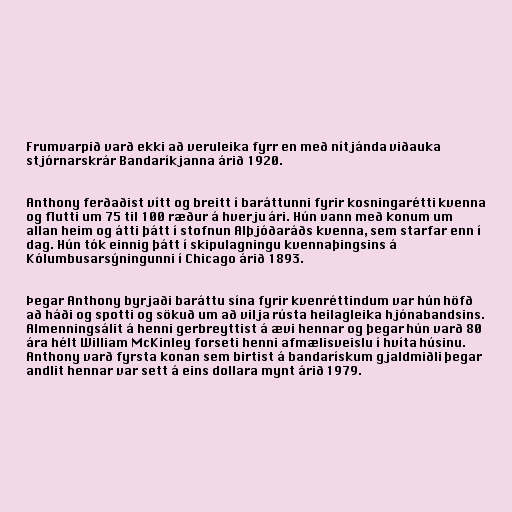
Frumvarpið varð ekki að veruleika fyrr en með nítjánda viðauka
stjórnarskrár Bandaríkjanna árið 1920.

Anthony ferðaðist vítt og breitt í baráttunni fyrir kosningarétti kvenna
og flutti um 75 til 100 ræður á hverju ári. Hún vann með konum um
allan heim og átti þátt í stofnun Alþjóðaráðs kvenna, sem starfar enn í
dag. Hún tók einnig þátt í skipulagningu kvennaþingsins á
Kólumbusarsýningunni í Chicago árið 1893.

Þegar Anthony byrjaði baráttu sína fyrir kvenréttindum var hún höfð
að háði og spotti og sökuð um að vilja rústa heilagleika hjónabandsins.
Almenningsálit á henni gerbreyttist á ævi hennar og þegar hún varð 80
ára hélt William McKinley forseti henni afmælisveislu í hvíta húsinu.
Anthony varð fyrsta konan sem birtist á bandarískum gjaldmiðli þegar
andlit hennar var sett á eins dollara mynt árið 1979.